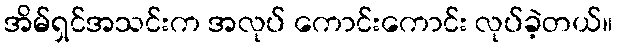
အိမ်ရှင်အသင်းက အလုပ် ကောင်းကောင်း လုပ်ခဲ့တယ်။